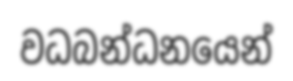
වධබන්ධනයෙන්